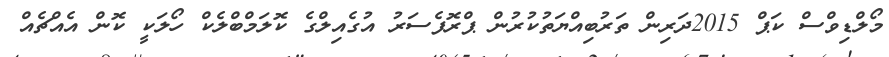
މޯލްޑިވްސް ކަޕް 2015ދަރިން ތަރުބިއްޔަތުކުރުން ޕްރޮފެސަރު އުގެއިލްގެ ކޮލަމްބްލެކް ހޯލަކީ ކޮން އެއްޗެއް